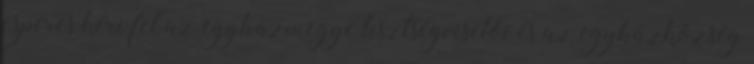
esperes kéri fel az egyházmegye tisztségviselői és az egyházközség